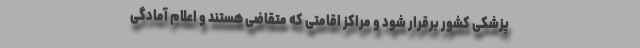
پزشکی کشور برقرار شود و مراکز اقامتی که متقاضی هستند و اعلام آمادگی